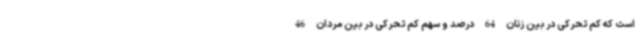
است که کم تحرکی در بین زنان 64 درصد و سهم کم تحرکی در بین مردان 46